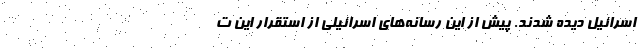
اسرائیل دیده شدند. پیش از این رسانه‌های اسرائیلی از استقرار این ت